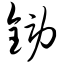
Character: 铹